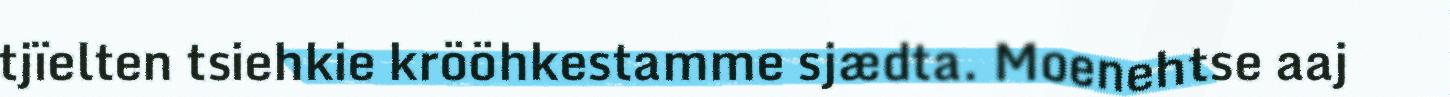
tjïelten tsiehkie krööhkestamme sjædta. Moenehtse aaj